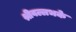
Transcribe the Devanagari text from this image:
श्रीवल्लभके